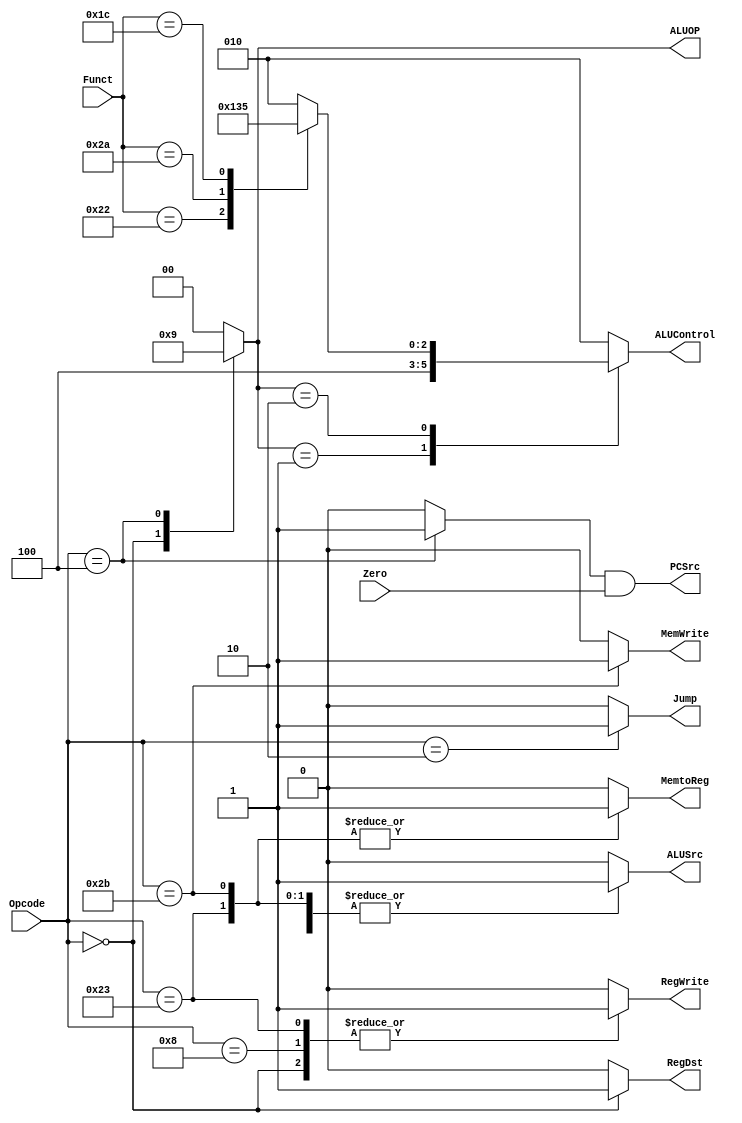
module Control_Unit(
input wire [5:0] Opcode,Funct,
input wire Zero,
output reg MemtoReg,MemWrite,ALUSrc,RegDst,RegWrite,Jump,
output reg [2:0] ALUControl,
output wire PCSrc,
output reg [1:0] ALUOP
);
reg Branch;
assign PCSrc=Branch&Zero;
always @(*) begin
case (ALUOP)
2'b00: ALUControl=3'b010;
2'b01: ALUControl=3'b100;
2'b10: begin case(Funct)
/*add*/ 6'b10_0000:ALUControl=3'b010;
/*sub*/ 6'b10_0010:ALUControl=3'b100;
/*slt*/ 6'b10_1010:ALUControl=3'b110;
/*mul*/ 6'b01_1100:ALUControl=3'b101; 
              default:ALUControl=3'b010;
              endcase
        end
default:ALUControl=3'b010;
endcase    
end
always @(*) begin
Jump=1'b0;
MemtoReg=1'b0;
MemWrite=1'b0;
Branch=1'b0;
ALUSrc=1'b0;
RegDst=1'b0;
RegWrite=1'b0;
ALUOP=2'b00;
    case(Opcode)
    6'b10_0011: begin //load_word
        RegWrite=1'b1;
        ALUSrc=1'b1;
        MemtoReg=1'b1;
    end
    6'b10_1011: begin //store_word
        MemWrite=1'b1;
        ALUSrc=1'b1;
        MemtoReg=1'b1;
    end
    6'b00_0000: begin //rType
        RegDst=1'b1;
        RegWrite=1'b1;
        ALUOP=2'b10;
    end
    6'b00_1000: begin //addImmediate
        RegWrite=1'b1;
        ALUSrc=1'b1;
    end
    6'b00_0100: begin //branchIfEqual
        ALUOP=2'b01;
        Branch=1'b1;
    end
    6'b00_0010 : begin // jump_inst  
        Jump=1'b1;
    end
    default: begin
        Jump=1'b0;
        MemtoReg=1'b0;
        MemWrite=1'b0;
        Branch=1'b0;
        ALUSrc=1'b0;
        RegDst=1'b0;
        RegWrite=1'b0;
        ALUOP=2'b00;
    end
    endcase
end
endmodule